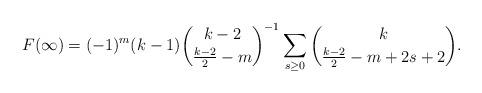
LaTeX: \begin{align*}F(\infty)=(-1)^{m}(k-1)\binom{k-2}{\frac{k-2}{2}-m}^{-1}\sum_{s\geq 0}\binom{k}{\frac{k-2}{2}-m+2s+2}.\end{align*}